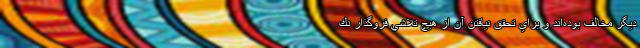
ديگر مخالف بوده‌اند و براي تحقق نيافتن آن از هيچ تلاشي فروگذار نك